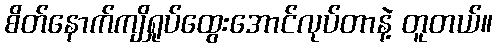
စိတ်နောက်ကျိရှုပ်ထွေးအောင်လုပ်တာနဲ့ တူတယ်။